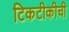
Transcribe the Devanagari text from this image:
टिकटीकीची